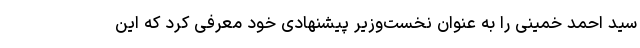
سید احمد خمینی را به عنوان نخست‌وزیر پیشنهادی خود معرفی کرد که این